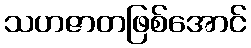
သဟဇာတဖြစ်အောင်